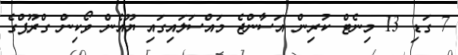
7 ގަޑި 13 މިނެޓް ކުރިން އަސާންޖެ މައްސަލައިގައި ޔޫއެން ވޯކިން ގްރޫޕްގެ